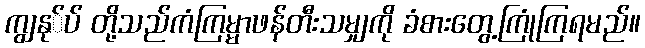
ကျွနု်ပ် တို့သည်ကံကြမ္မာဖန်တီးသမျှကို ခံစားတွေ့ကြုံကြရမည်။